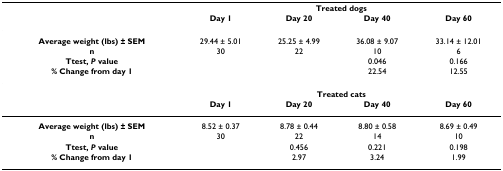
<table><thead><tr><td></td><td colspan="4"><b>Treated dogs</b></td></tr><tr><td></td><td><b>Day 1</b></td><td><b>Day 20</b></td><td><b>Day 40</b></td><td><b>Day 60</b></td></tr></thead><tbody><tr><td><b>Average weight (lbs) ± SEM</b></td><td>29.44 ± 5.01</td><td>25.25 ± 4.99</td><td>36.08 ± 9.07</td><td>33.14 ± 12.01</td></tr><tr><td><b>n</b></td><td>30</td><td>22</td><td>10</td><td>6</td></tr><tr><td><b>Ttest, <i>P </i>value</b></td><td></td><td></td><td>0.046</td><td>0.166</td></tr><tr><td><b>% Change from day 1</b></td><td></td><td></td><td>22.54</td><td>12.55</td></tr><tr><td></td><td colspan="4"><b>Treated cats</b></td></tr><tr><td></td><td><b>Day 1</b></td><td><b>Day 20</b></td><td><b>Day 40</b></td><td><b>Day 60</b></td></tr><tr><td><b>Average weight (lbs) ± SEM</b></td><td>8.52 ± 0.37</td><td>8.78 ± 0.44</td><td>8.80 ± 0.58</td><td>8.69 ± 0.49</td></tr><tr><td><b>n</b></td><td>30</td><td>22</td><td>14</td><td>10</td></tr><tr><td><b>Ttest, <i>P </i>value</b></td><td></td><td>0.456</td><td>0.221</td><td>0.198</td></tr><tr><td><b>% Change from day 1</b></td><td></td><td>2.97</td><td>3.24</td><td>1.99</td></tr></tbody></table>